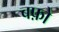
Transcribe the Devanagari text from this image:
बफ़ो